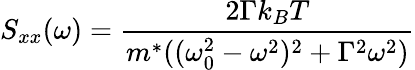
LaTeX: S_{xx}(\omega)=\frac{2\Gamma k_{B}T}{m^{*}((\omega_{0}^{2}-\omega^{2})^{2}+\Gamma^{2}\omega^{2})}